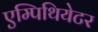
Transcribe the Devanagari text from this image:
एम्पिथियेटर